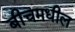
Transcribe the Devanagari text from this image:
बीचमधील